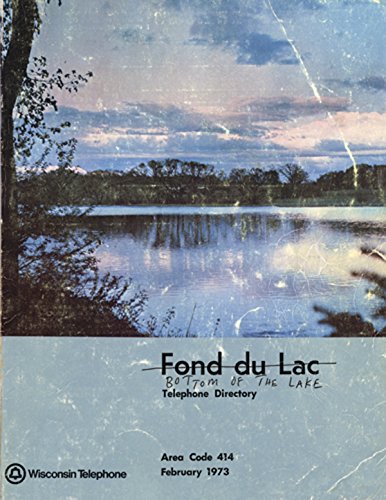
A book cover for Christian Patterson: Bottom of the Lake; Arts & Photography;